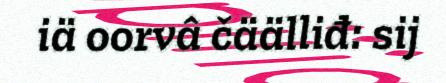
iä oorvâ čäälliđ: sij